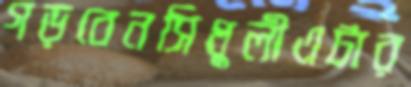
গড়বেনসিধুলীএটার